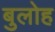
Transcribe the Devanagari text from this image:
बुलोह